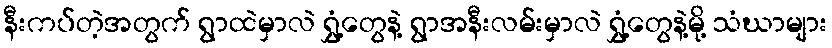
နီးကပ်တဲ့အတွက် ရွာထဲမှာလဲ ရွှံ့တွေနဲ့ ရွာအနီးလမ်းမှာလဲ ရွှံ့တွေနဲ့မို့ သံဃာများ